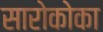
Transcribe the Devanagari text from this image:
सारोकोका